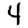
Digit: 4